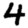
Digit: 4